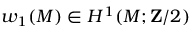
w _ { 1 } ( M ) \in H ^ { 1 } ( M ; \mathbf { Z } / 2 )